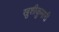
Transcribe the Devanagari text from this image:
खुशीकुमारी